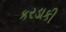
કરડાકી